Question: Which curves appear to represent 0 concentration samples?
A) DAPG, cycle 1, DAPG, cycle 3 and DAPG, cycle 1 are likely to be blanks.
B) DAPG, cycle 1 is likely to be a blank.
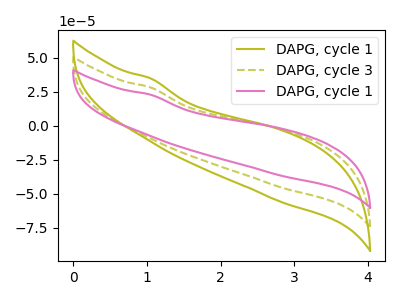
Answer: <think>The olive curve "DAPG, cycle 1" has no peaks. The olive dashed curve "DAPG, cycle 3" has no peaks. The pink curve "DAPG, cycle 1" has no peaks.</think>
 <answer>A) "DAPG, cycle 1", "DAPG, cycle 3" and "DAPG, cycle 1" are likely to be blanks.</answer>
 <eval>A</eval>